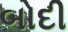
બોદી